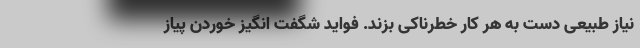
نیاز طبیعی دست به هر کار خطرناکی بزند. فواید شگفت انگیز خوردن پیاز